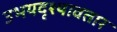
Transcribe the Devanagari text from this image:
उभयदृश्यावतार